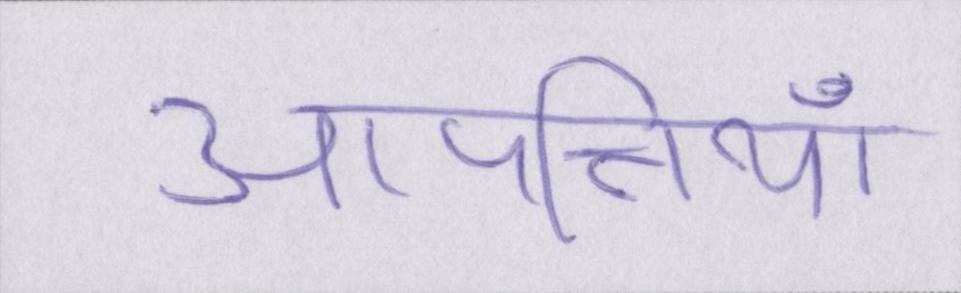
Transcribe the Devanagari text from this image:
आपत्तियाँ